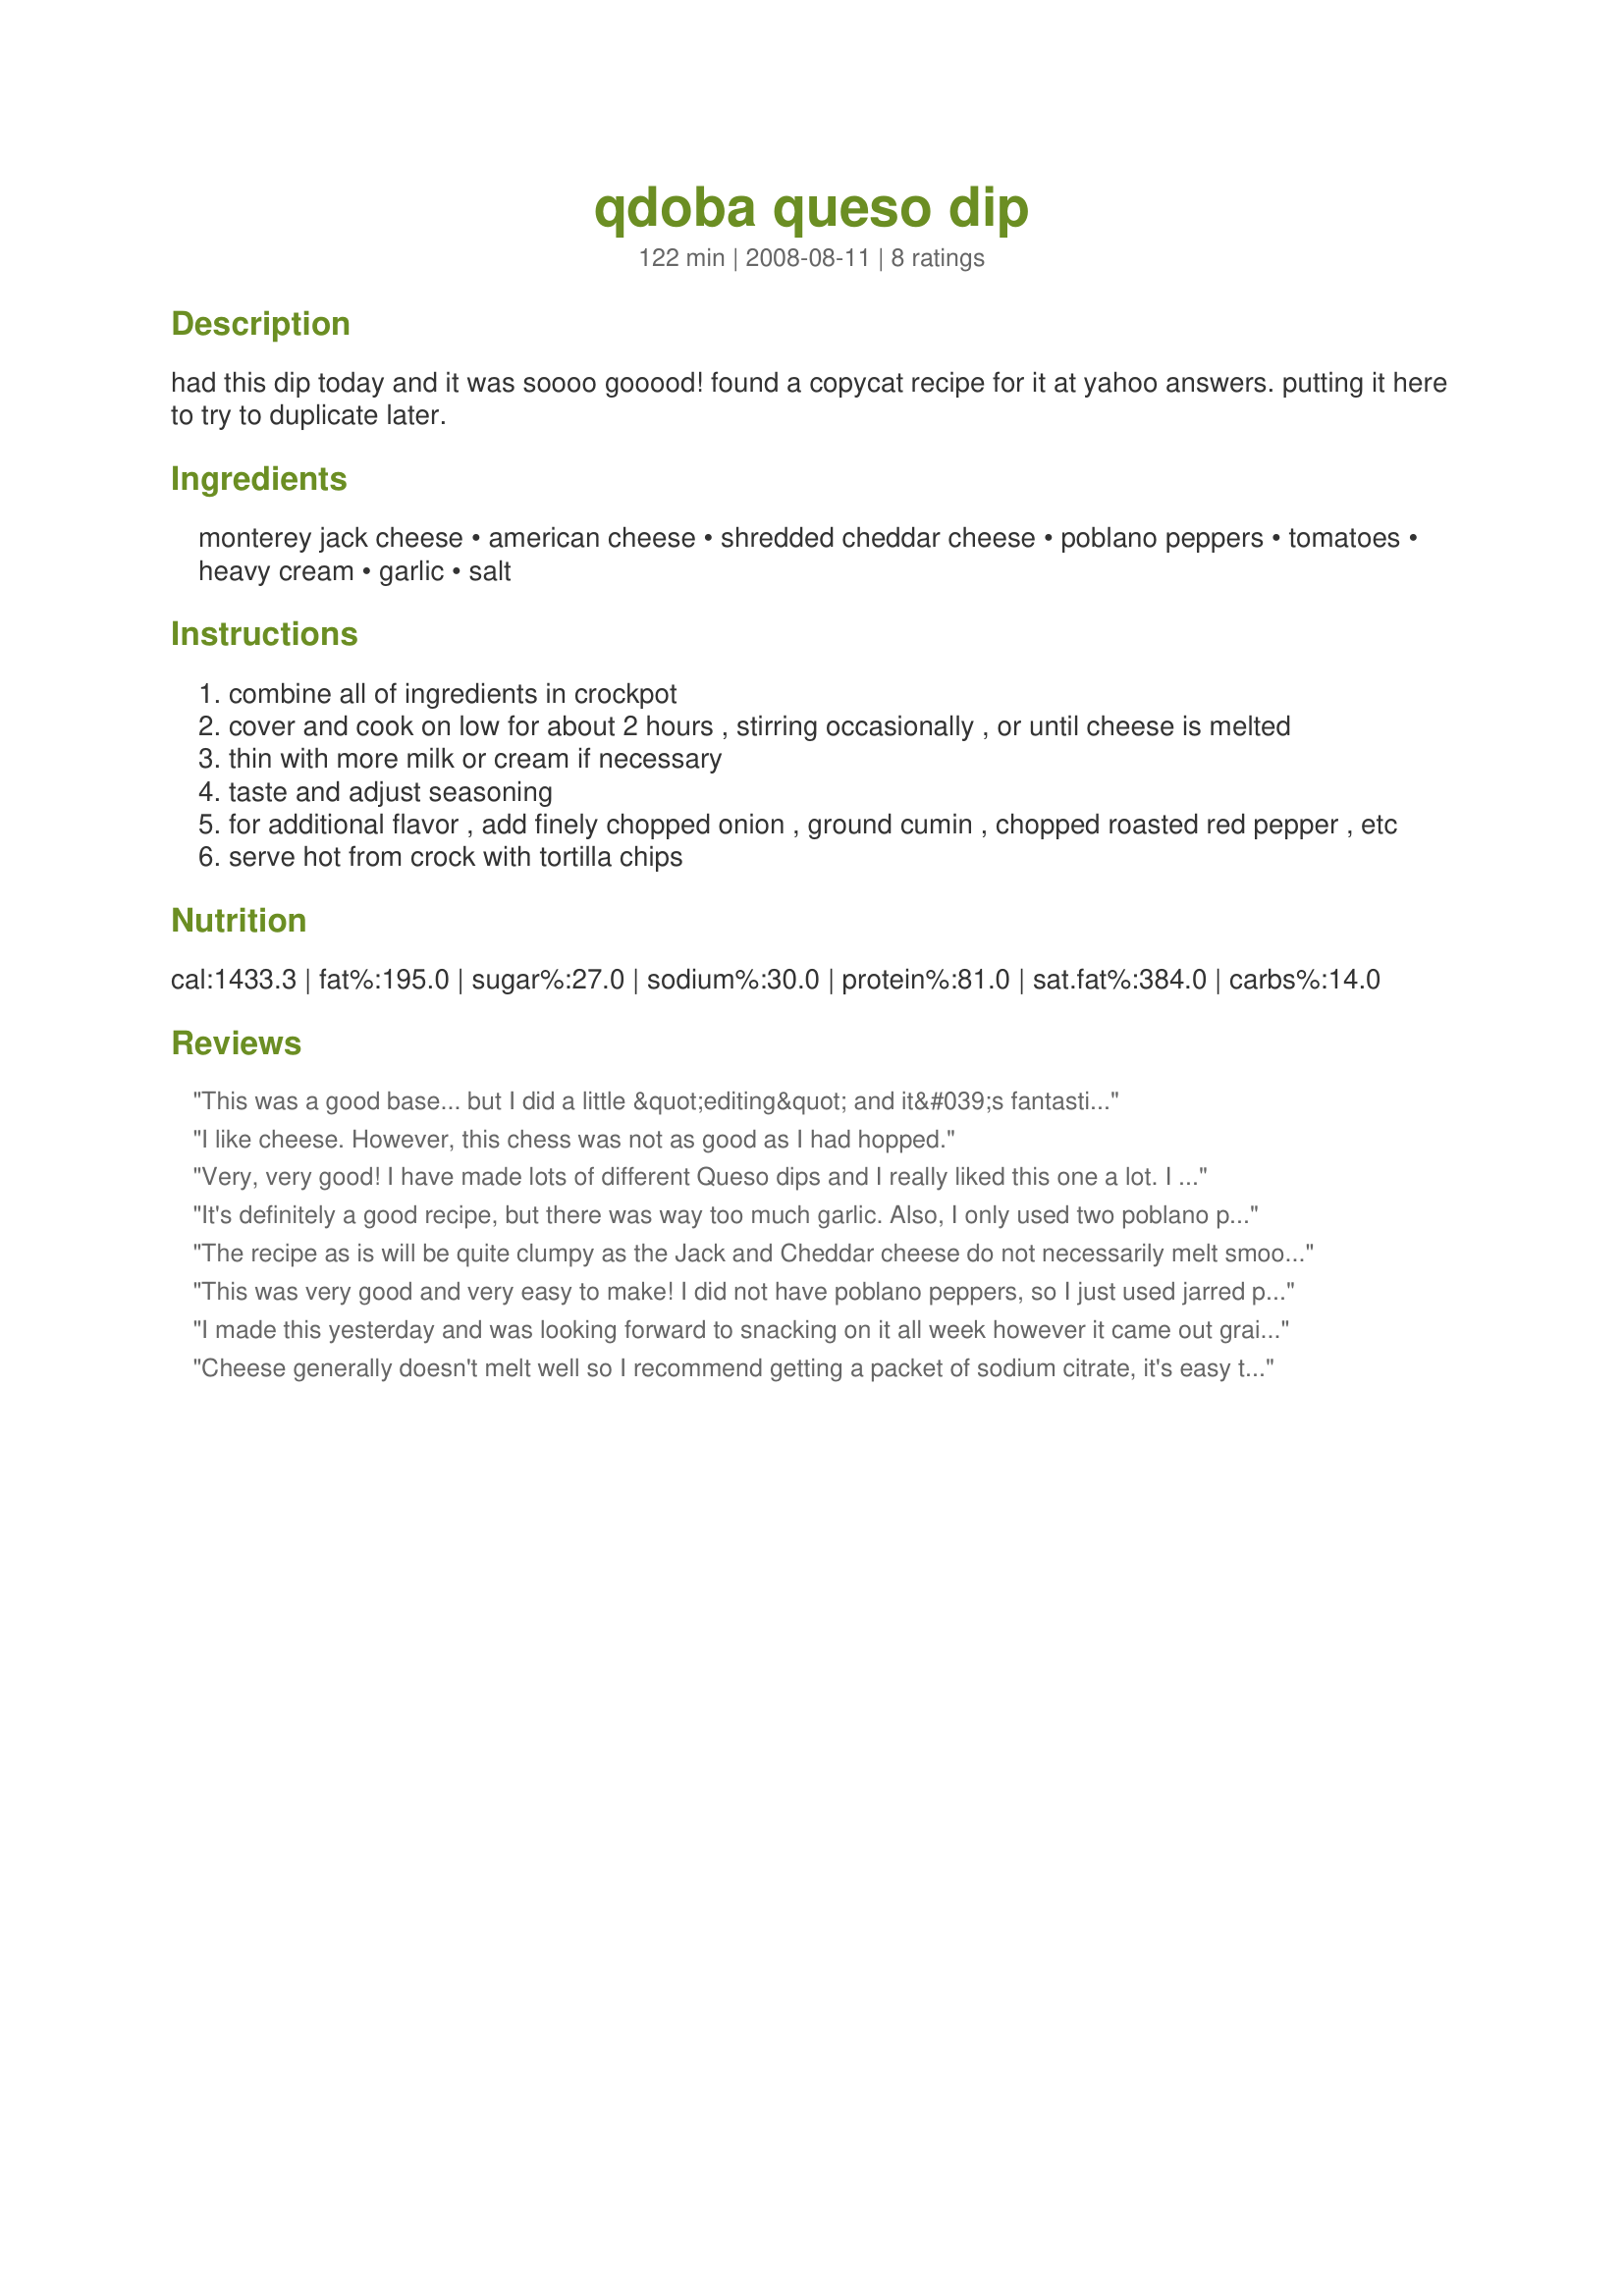
qdoba queso dip
Preparation time: 122 minutes

had this dip today and it was soooo gooood! found a copycat recipe for it at yahoo answers. putting it here to try to duplicate later.

Ingredients:
monterey jack cheese, american cheese, shredded cheddar cheese, poblano peppers, tomatoes, heavy cream, garlic, salt

Steps:
combine all of ingredients in crockpot
cover and cook on low for about 2 hours , stirring occasionally , or until cheese is melted
thin with more milk or cream if necessary
taste and adjust seasoning
for additional flavor , add finely chopped onion , ground cumin , chopped roasted red pepper , etc
serve hot from crock with tortilla chips

Reviews:
This was a good base... but I did a little &quot;editing&quot; and it&#039;s fantastic! I only used 1/2 t of garlic, and added about 1/2 c more liquid. For the liquid I used Crema Mexicana. I also added some salt, paprika, smoked paprika, cumin &amp; coriander.
I like cheese. However, this chess was not as good as I had hopped.
Very, very good! I have made lots of different Queso dips and I really liked this one a lot. I roasted the poblano peppers in the oven and then skinned them. Throw those and the tomatoes in a food processor. I do not ever use American cheese, so I just doubled the colby/monterey jack. Great!
It's definitely a good recipe, but there was way too much garlic. Also, I only used two poblano peppers and that was more than enough (this definitely depends on the size of the pepper; mine were on the bigger side). Don't get me wrong, this recipe is great, but not Qdoba great. I think just lose the garlic or keep it to one teaspoon and you've got more than a copycat, but an exact replica. Thanks!
The recipe as is will be quite clumpy as the Jack and Cheddar cheese do not necessarily melt smooth. melt 2 tablespoons butter and add 1 tablespoon of corn starch. Cook on medium to med-low heat until smooth, stirring frequently. Mix in with the queso and it will have the consistency you are looking for. Also, I like some kick in mine, so sometimes go with serrano or hot jalapeno peppers.
This was very good and very easy to make! I did not have poblano peppers, so I just used jarred peppers. I warmed up Tostito's tortilla chips, shredded a pound of chicken w/taco seasoning, black beans, tomatoes, black olives, and sour cream...You don't don't need salsa for these! A definite keeper!!!
Thanks for posting!
I made this yesterday and was looking forward to snacking on it all week however it came out grainy and not at all smooth or creamy like at Qdoba. Is there a way to fix it?
Cheese generally doesn't melt well so I recommend getting a packet of sodium citrate, it's easy to get off of Amazon. Dissolve the sodium citrate in water corresponding to how much queso you want to make (it's easy to find the ratios online). Then you can melt the cheese and add whatever ingredients you want.
